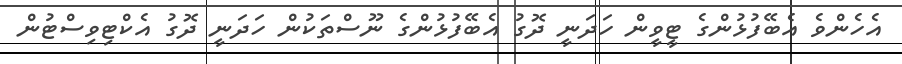
އެހެންވެ އެބޭފުޅުންގެ ޓީވީން ހަދަނީ ދޮގު އެބޭފުޅުންގެ ނޫސްތަކުން ހަދަނީ ދޮގު އެކްޓިވިސްޓުން